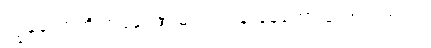
ကျွန်တော်တို့ အခန်း အမြဲ ရွှင်လန်းနေတော့ ကောင်းတယ်။